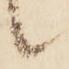
候